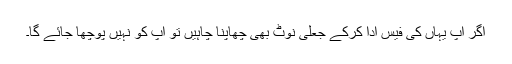
اگر آپ یہاں کی فیس ادا کرکے جعلی نوٹ بھی چھاپنا چاہیں تو آپ کو نہیں پوچھا جائے گا۔